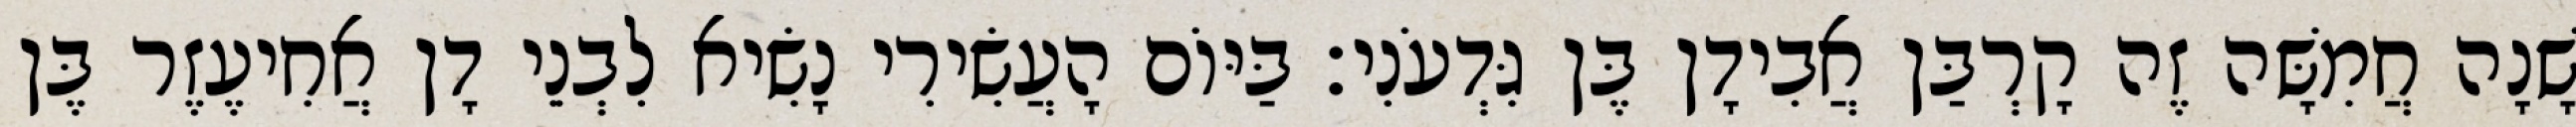
שָׁנָה חֲמִשָּׁה זֶה קָרְבַּן אֲבִידָן בֶּן גִּדְעֹנִי׃ בַּיּוֹם הָעֲשִׂירִי נָשִׂיא לִבְנֵי דָן אֲחִיעֶזֶר בֶּן